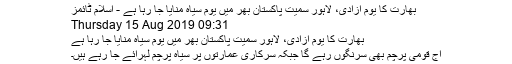
بھارت کا یوم آزادی، لاہور سمیت پاکستان بھر میں یوم سیاہ منایا جا رہا ہے - اسلام ٹائمز
Thursday 15 Aug 2019 09:31
بھارت کا یوم آزادی، لاہور سمیت پاکستان بھر میں یوم سیاہ منایا جا رہا ہے
آج قومی پرچم بھی سرنگوں رہے گا جبکہ سرکاری عمارتوں پر سیاہ پرچم لہرائے جا رہے ہیں۔